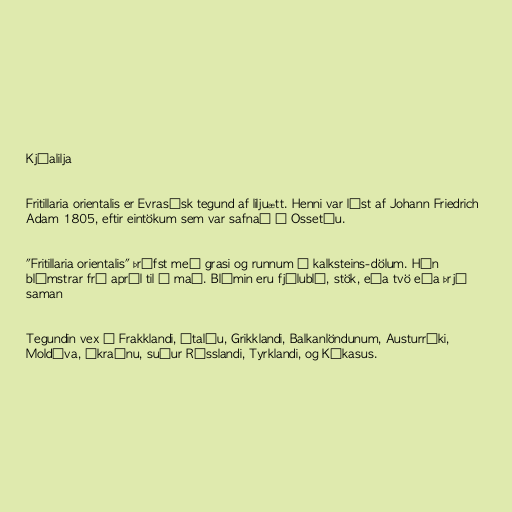
Kjóalilja

Fritillaria orientalis er Evrasísk tegund af liljuætt. Henni var lýst af Johann Friedrich
Adam 1805, eftir eintökum sem var safnað í Ossetíu.

"Fritillaria orientalis" þrífst með grasi og runnum í kalksteins-dölum. Hún
blómstrar frá apríl til í maí. Blómin eru fjólublá, stök, eða tvö eða þrjú
saman

Tegundin vex í Frakklandi, Ítalíu, Grikklandi, Balkanlöndunum, Austurríki,
Moldóva, Úkraínu, suður Rússlandi, Tyrklandi, og Kákasus.